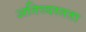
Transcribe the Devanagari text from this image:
अतिव्यस्तता